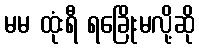
မမ ထုံးရီ ရခြေိုးမလို့ဆို